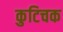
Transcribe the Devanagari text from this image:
कुटिचक